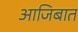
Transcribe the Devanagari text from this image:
आजिबात